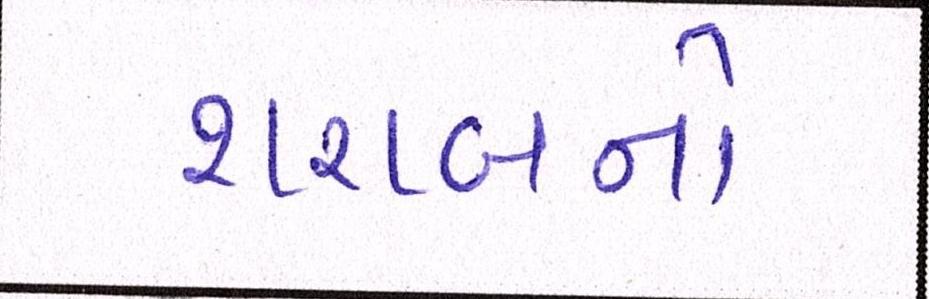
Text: શરાબનો